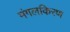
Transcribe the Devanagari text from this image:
मंगलकिरण